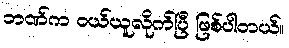
ဘဏ်က ဝယ်ယူလိုက်ပြီ ဖြစ်ပါတယ်။